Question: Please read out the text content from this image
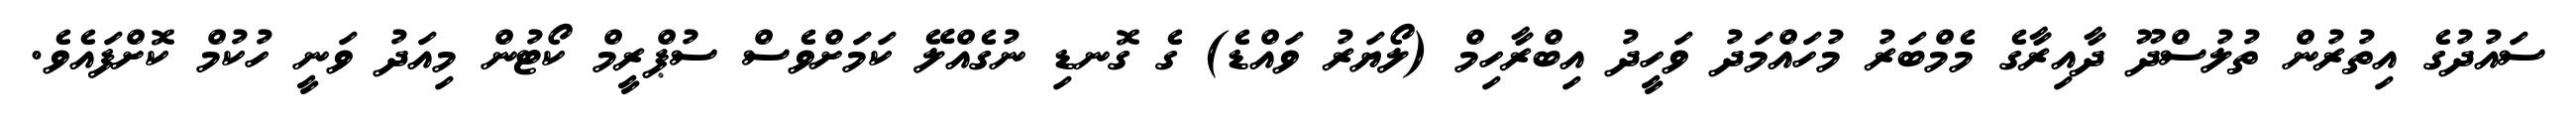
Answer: ސައުދުގެ އިތުރުން ތުލުސްދޫ ދާއިރާގެ މެމްބަރު މުހައްމަދު ވަހީދު އިބްރާހިމް (ލޯޔަރު ވައްޑެ) ގެ ގޮނޑި ނުގެއްލޭ ކަމަށްވެސް ސުޕްރީމް ކޯޓުން މިއަދު ވަނީ ހުކުމް ކޮށްފައެވެ.